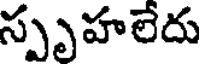
స్పృహలేదు